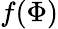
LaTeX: f(\Phi)